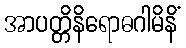
အာပတ္တိနိရောဓဂါမိနိံ